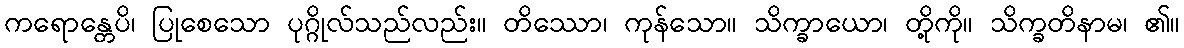
ကရောန္တေပိ၊ ပြုစေသော ပုဂ္ဂိုလ်သည်လည်း။ တိဿော၊ ကုန်သော။ သိက္ခာယော၊ တို့ကို။ သိက္ခတိနာမ၊ ၏။